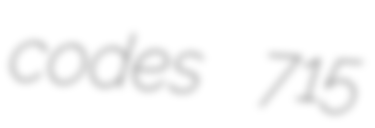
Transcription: codes 715